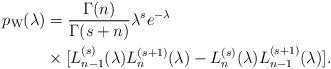
LaTeX: \begin{align*}p_{\mathrm{W}}(\lambda)&=\frac{\Gamma(n)}{\Gamma(s+n)}\lambda^{s}e^{-\lambda}\\&\times [L_{n-1}^{(s)}(\lambda)L_{n}^{(s+1)}(\lambda)-L_{n}^{(s)}(\lambda)L_{n-1}^{(s+1)}(\lambda)].\end{align*}